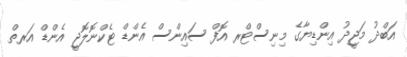
އަބްދު މަޖީދު އިންޑިޔާގެ މިނިސްޓްރ އޮފް ސައިންސް އެންޑް ޓެކްނޮލޮޖީ އެންޑް އަރތް